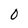
Character: 0